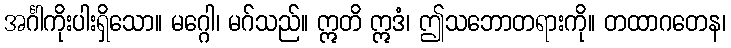
အင်္ဂါကိုးပါးရှိသော။ မဂ္ဂေါ၊ မဂ်သည်။ ဣတိ ဣဒံ၊ ဤသဘောတရားကို။ တထာဂတေန၊